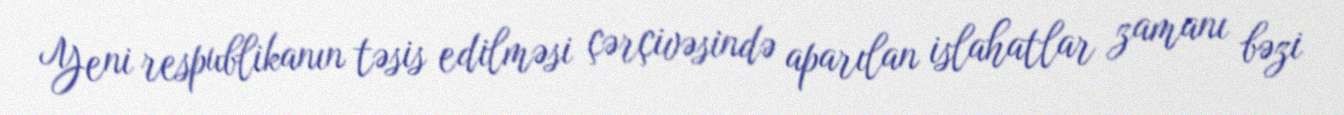
Yeni respublikanın təsis edilməsi çərçivəsində aparılan islahatlar zamanı bəzi